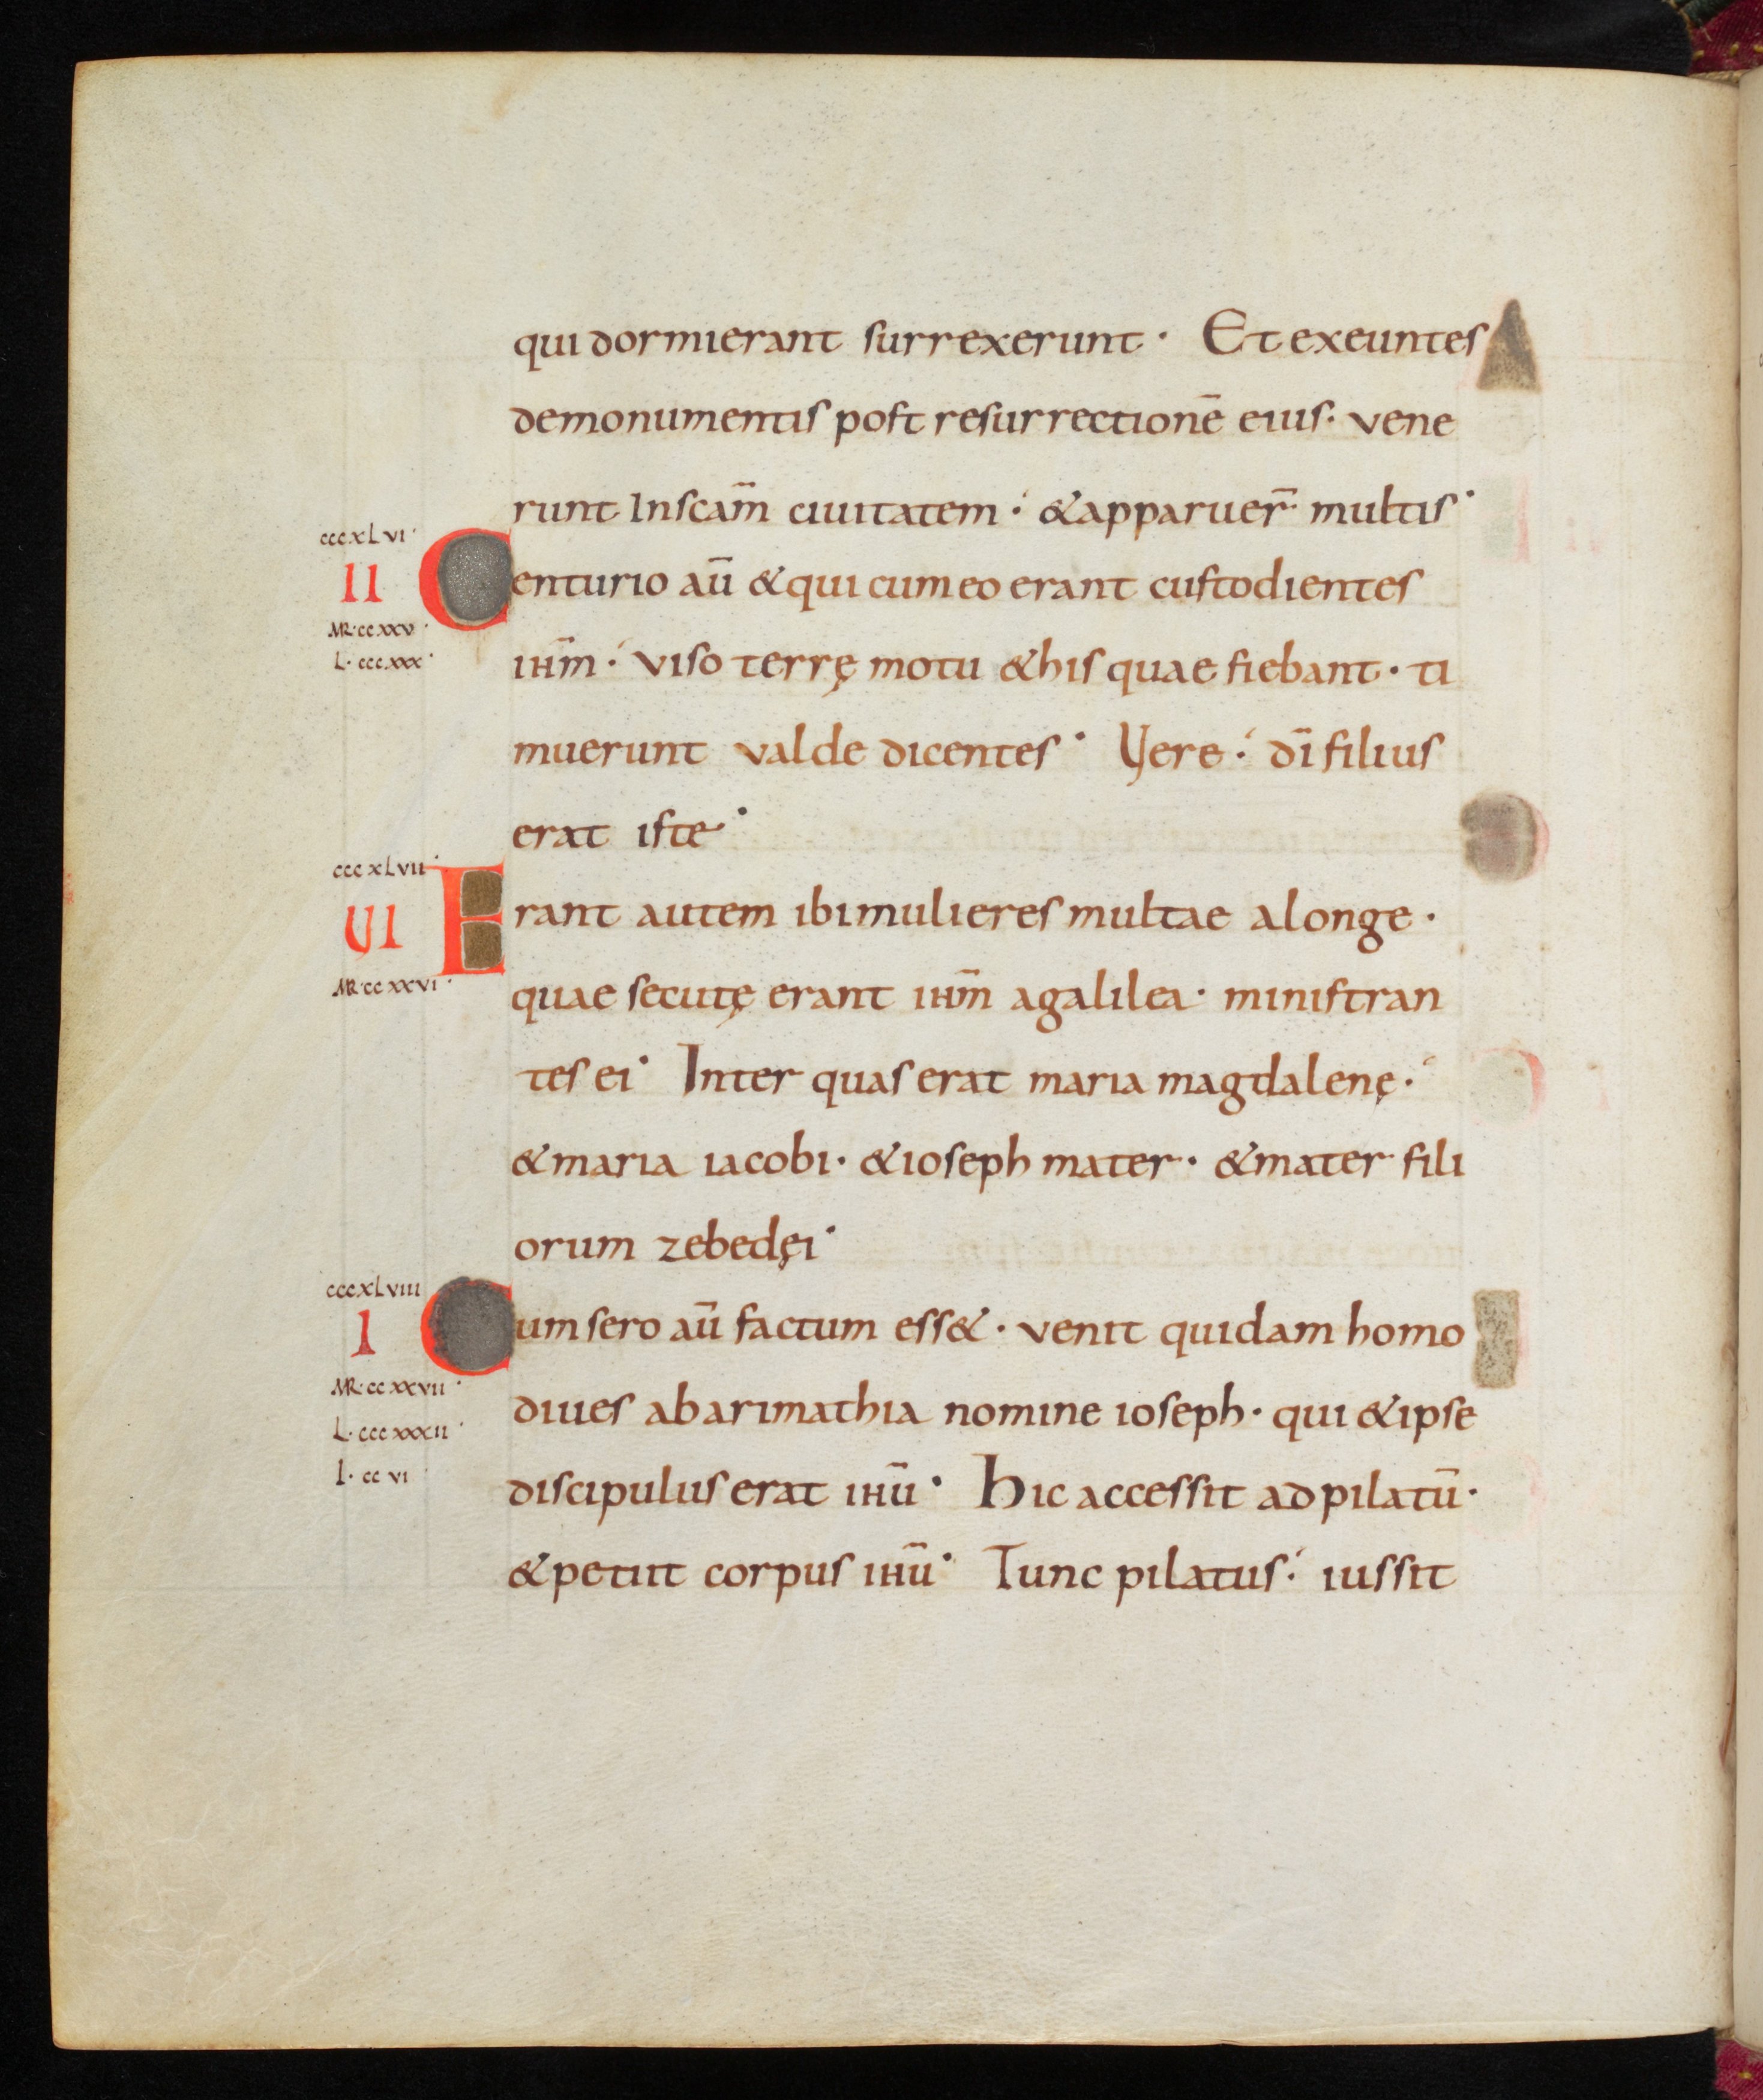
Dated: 875–899